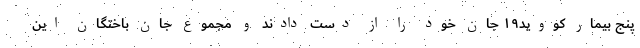
پنج بیمار کووید۱۹ جان خود را از دست دادند و مجموع جان باختگان این